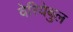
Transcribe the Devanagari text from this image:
वेरियेबुल